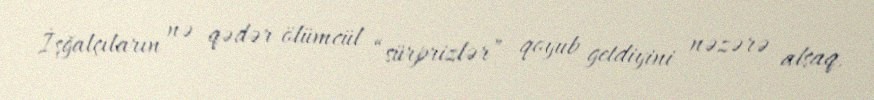
İşğalçıların nə qədər ölümcül “sürprizlər” qoyub getdiyini nəzərə alsaq,